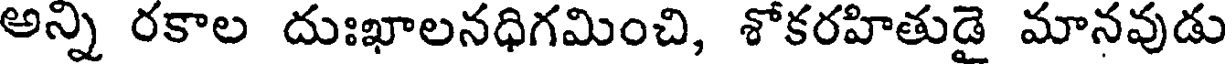
అన్ని రకాల దుఃఖాలనధిగమించి, శోకరహితుడై మానవుడు